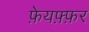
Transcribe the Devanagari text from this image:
फ़ेयफ़्फ़र